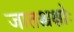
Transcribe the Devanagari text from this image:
जातश्चक्षोः